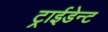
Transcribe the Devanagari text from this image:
ट्राईडेन्ट